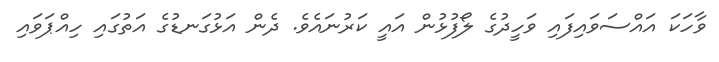
ވާހަކަ އައްސަވައިފައި ވަހީދުގެ ލޯފުޅުން އައީ ކަރުނައެވެ. ދެން އަޅުގަނޑުގެ އަތުގައި ހިއްޕަވައި